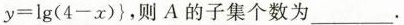
y=\lg (4-x)\}，则A的子集个数为___.